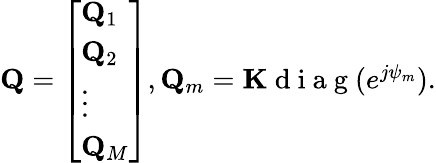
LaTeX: \begin{array}{r}{{\mathbf{Q}}=\left[\begin{array}{l}{{\mathbf Q}_{1}}\\ {{\mathbf Q}_{2}}\\ {\vdots}\\ {{\mathbf Q}_{M}}\end{array}\right],{\mathbf Q}_{m}={\mathbf K}\mathrm{~d~i~a~g~}(e^{j{\mathbf{\psi}}_{m}}).}\end{array}